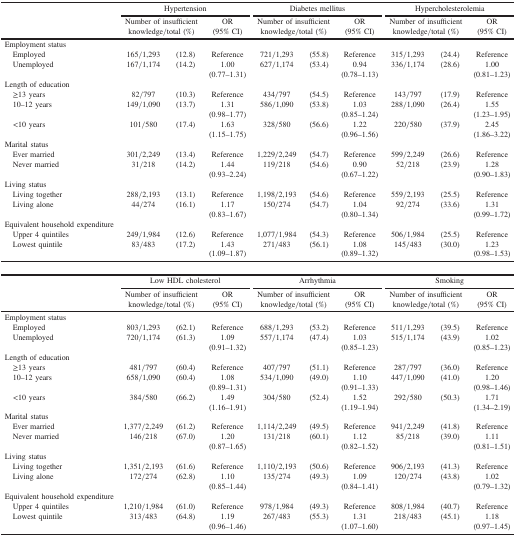
<table><thead><tr><td rowspan="3"><b> </b></td><td colspan="3"><b>Hypertension</b></td><td colspan="3"><b>Diabetes mellitus</b></td><td colspan="3"><b>Hypercholesterolemia</b></td></tr><tr><td colspan="2"><b>Number of insufficient knowledge/total (%)</b></td><td><b>OR(95% CI)</b></td><td colspan="2"><b>Number of insufficient knowledge/total (%)</b></td><td><b>OR(95% CI)</b></td><td colspan="2"><b>Number of insufficient knowledge/total (%)</b></td><td><b>OR(95% CI)</b></td></tr></thead><tbody><tr><td>Employment status</td><td> </td><td> </td><td> </td><td> </td><td> </td><td> </td><td> </td><td> </td><td> </td></tr><tr><td> Employed</td><td>165/1,293</td><td>(12.8)</td><td>Reference</td><td>721/1,293</td><td>(55.8)</td><td>Reference</td><td>315/1,293</td><td>(24.4)</td><td>Reference</td></tr><tr><td> Unemployed</td><td>167/1,174</td><td>(14.2)</td><td>1.00(0.77–1.31)</td><td>627/1,174</td><td>(53.4)</td><td>0.94(0.78–1.13)</td><td>336/1,174</td><td>(28.6)</td><td>1.00(0.81–1.23)</td></tr><tr><td>Length of education</td><td> </td><td> </td><td> </td><td> </td><td> </td><td> </td><td> </td><td> </td><td> </td></tr><tr><td> ≥13 years</td><td>82/797</td><td>(10.3)</td><td>Reference</td><td>434/797</td><td>(54.5)</td><td>Reference</td><td>143/797</td><td>(17.9)</td><td>Reference</td></tr><tr><td> 10–12 years</td><td>149/1,090</td><td>(13.7)</td><td>1.31(0.98–1.77)</td><td>586/1,090</td><td>(53.8)</td><td>1.03(0.85–1.24)</td><td>288/1,090</td><td>(26.4)</td><td>1.55(1.23–1.95)</td></tr><tr><td> &lt;10 years</td><td>101/580</td><td>(17.4)</td><td>1.63(1.15–1.75)</td><td>328/580</td><td>(56.6)</td><td>1.22(0.96–1.56)</td><td>220/580</td><td>(37.9)</td><td>2.45(1.86–3.22)</td></tr><tr><td>Marital status</td><td> </td><td> </td><td> </td><td> </td><td> </td><td> </td><td> </td><td> </td><td> </td></tr><tr><td> Ever married</td><td>301/2,249</td><td>(13.4)</td><td>Reference</td><td>1,229/2,249</td><td>(54.7)</td><td>Reference</td><td>599/2,249</td><td>(26.6)</td><td>Reference</td></tr><tr><td> Never married</td><td>31/218</td><td>(14.2)</td><td>1.44(0.93–2.24)</td><td>119/218</td><td>(54.6)</td><td>0.90(0.67–1.22)</td><td>52/218</td><td>(23.9)</td><td>1.28(0.90–1.83)</td></tr><tr><td>Living status</td><td> </td><td> </td><td> </td><td> </td><td> </td><td> </td><td> </td><td> </td><td> </td></tr><tr><td> Living together</td><td>288/2,193</td><td>(13.1)</td><td>Reference</td><td>1,198/2,193</td><td>(54.6)</td><td>Reference</td><td>559/2,193</td><td>(25.5)</td><td>Reference</td></tr><tr><td> Living alone</td><td>44/274</td><td>(16.1)</td><td>1.17(0.83–1.67)</td><td>150/274</td><td>(54.7)</td><td>1.04(0.80–1.34)</td><td>92/274</td><td>(33.6)</td><td>1.31(0.99–1.72)</td></tr><tr><td>Equivalent household expenditure</td><td> </td><td> </td><td> </td><td> </td><td> </td><td> </td><td> </td><td> </td><td> </td></tr><tr><td> Upper 4 quintiles</td><td>249/1,984</td><td>(12.6)</td><td>Reference</td><td>1,077/1,984</td><td>(54.3)</td><td>Reference</td><td>506/1,984</td><td>(25.5)</td><td>Reference</td></tr><tr><td> Lowest quintile</td><td>83/483</td><td>(17.2)</td><td>1.43(1.09–1.87)</td><td>271/483</td><td>(56.1)</td><td>1.08(0.89–1.32)</td><td>145/483</td><td>(30.0)</td><td>1.23(0.98–1.53)</td></tr><tr><td rowspan="3"> </td><td colspan="3">Low HDL cholesterol</td><td colspan="3">Arrhythmia</td><td colspan="3">Smoking</td></tr><tr><td colspan="2">Number of insufficient knowledge/total (%)</td><td>OR(95% CI)</td><td colspan="2">Number of insufficient knowledge/total (%)</td><td>OR(95% CI)</td><td colspan="2">Number of insufficient knowledge/total (%)</td><td>OR(95% CI)</td></tr><tr><td>Employment status</td><td> </td><td> </td><td> </td><td> </td><td> </td><td> </td><td> </td><td> </td><td> </td></tr><tr><td> Employed</td><td>803/1,293</td><td>(62.1)</td><td>Reference</td><td>688/1,293</td><td>(53.2)</td><td>Reference</td><td>511/1,293</td><td>(39.5)</td><td>Reference</td></tr><tr><td> Unemployed</td><td>720/1,174</td><td>(61.3)</td><td>1.09(0.91–1.32)</td><td>557/1,174</td><td>(47.4)</td><td>1.03(0.85–1.23)</td><td>515/1,174</td><td>(43.9)</td><td>1.02(0.85–1.23)</td></tr><tr><td>Length of education</td><td> </td><td> </td><td> </td><td> </td><td> </td><td> </td><td> </td><td> </td><td> </td></tr><tr><td> ≥13 years</td><td>481/797</td><td>(60.4)</td><td>Reference</td><td>407/797</td><td>(51.1)</td><td>Reference</td><td>287/797</td><td>(36.0)</td><td>Reference</td></tr><tr><td> 10–12 years</td><td>658/1,090</td><td>(60.4)</td><td>1.08(0.89–1.31)</td><td>534/1,090</td><td>(49.0)</td><td>1.10(0.91–1.33)</td><td>447/1,090</td><td>(41.0)</td><td>1.20(0.98–1.46)</td></tr><tr><td> &lt;10 years</td><td>384/580</td><td>(66.2)</td><td>1.49(1.16–1.91)</td><td>304/580</td><td>(52.4)</td><td>1.52(1.19–1.94)</td><td>292/580</td><td>(50.3)</td><td>1.71(1.34–2.19)</td></tr><tr><td>Marital status</td><td> </td><td> </td><td> </td><td> </td><td> </td><td> </td><td> </td><td> </td><td> </td></tr><tr><td> Ever married</td><td>1,377/2,249</td><td>(61.2)</td><td>Reference</td><td>1,114/2,249</td><td>(49.5)</td><td>Reference</td><td>941/2,249</td><td>(41.8)</td><td>Reference</td></tr><tr><td> Never married</td><td>146/218</td><td>(67.0)</td><td>1.20(0.87–1.65)</td><td>131/218</td><td>(60.1)</td><td>1.12(0.82–1.52)</td><td>85/218</td><td>(39.0)</td><td>1.11(0.81–1.51)</td></tr><tr><td>Living status</td><td> </td><td> </td><td> </td><td> </td><td> </td><td> </td><td> </td><td> </td><td> </td></tr><tr><td> Living together</td><td>1,351/2,193</td><td>(61.6)</td><td>Reference</td><td>1,110/2,193</td><td>(50.6)</td><td>Reference</td><td>906/2,193</td><td>(41.3)</td><td>Reference</td></tr><tr><td> Living alone</td><td>172/274</td><td>(62.8)</td><td>1.10(0.85–1.44)</td><td>135/274</td><td>(49.3)</td><td>1.09(0.84–1.41)</td><td>120/274</td><td>(43.8)</td><td>1.02(0.79–1.32)</td></tr><tr><td>Equivalent household expenditure</td><td> </td><td> </td><td> </td><td> </td><td> </td><td> </td><td> </td><td> </td><td> </td></tr><tr><td> Upper 4 quintiles</td><td>1,210/1,984</td><td>(61.0)</td><td>Reference</td><td>978/1,984</td><td>(49.3)</td><td>Reference</td><td>808/1,984</td><td>(40.7)</td><td>Reference</td></tr><tr><td> Lowest quintile</td><td>313/483</td><td>(64.8)</td><td>1.19(0.96–1.46)</td><td>267/483</td><td>(55.3)</td><td>1.31(1.07–1.60)</td><td>218/483</td><td>(45.1)</td><td>1.18(0.97–1.45)</td></tr></tbody></table>